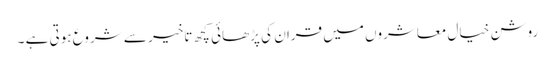
روشن خیال معاشروں میں قران کی پڑھائی کچھ تاخیر سے شروع ہوتی ہے ۔